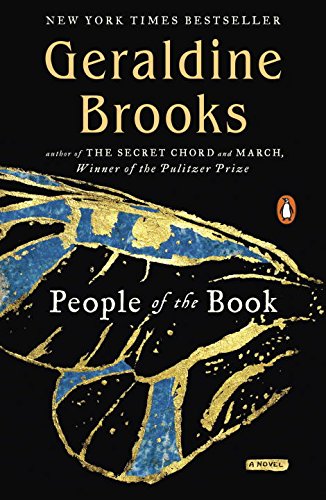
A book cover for People of the Book: A Novel; Geraldine Brooks; Literature & Fiction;